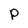
Character: p